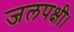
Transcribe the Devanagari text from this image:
जलपक्षी।